Madras plague regulations in force outside the Presidency town - Volume 2
Disease focus: Plague
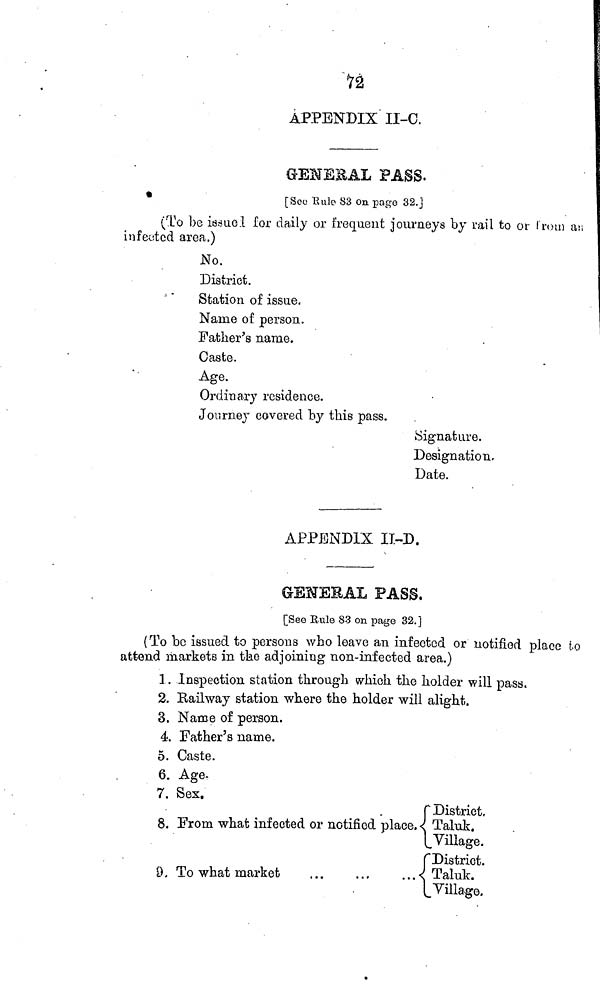
72
APPENDIX II-C.
GENERAL PASS.
[See Rule 83 on page 32.]
(To be issued for daily or frequent journeys by rail to or from an
infected area.)
No.
District.
Station of issue.
Name of person.
Father's name.
Caste.
Age.
Ordinary residence.
Journey covered by this pass.
Signature.
Designation,
Date.
APPENDIX II-D.
GENERAL PASS.
[Seo Rule 83 on page 32.]
(To be issued to persons who leave an infected or notified place to
attend markets in the adjoining non-infected area.)
1. Inspection station through which the holder will pass.
2. Railway station where the holder will alight.
3. Name of person.
4. Father's name.
5. Caste.
6. Age.
7. Sex.
8. From what infected or notified place.
9. To what market
...
...
...
District,
Taluk.
Village.
District.
Taluk.
Village.